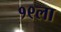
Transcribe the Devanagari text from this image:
१९ला